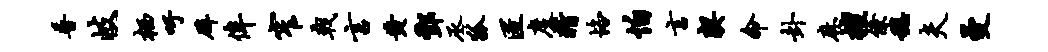
普岐栖吁辟侔窄戟言黄酆丞狐匿度精恪怕言契命卦麻擅僚稳夫曼